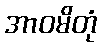
အာဝမိတုံ